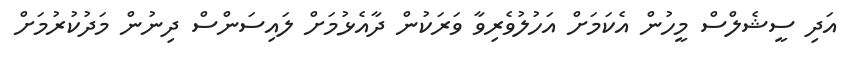
އަދި ސީޝެލްސް މީހުން އެކަމަށް އަހުލުވެރިވާ ވަރަކުން ދާއެޅުމަށް ލައިސަންސް ދިނުން މަދުކުރުމަށް